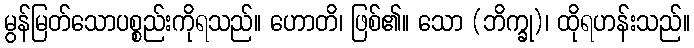
မွန်မြတ်သောပစ္စည်းကိုရသည်။ ဟောတိ၊ ဖြစ်၏။ သော (ဘိက္ခု)၊ ထိုရဟန်းသည်။